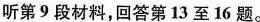
听第9段材料,回答第13至16题。